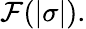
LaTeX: {\mathcal{F}}(|\sigma|).